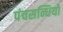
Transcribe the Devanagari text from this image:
पंचसन्धियों